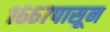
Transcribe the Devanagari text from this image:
१६६७पासून